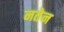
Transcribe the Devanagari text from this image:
नतेन